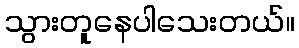
သွားတူနေပါသေးတယ်။